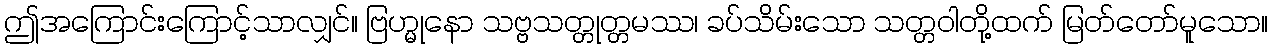
ဤအကြောင်းကြောင့်သာလျှင်။ ဗြဟ္မုနော သဗ္ဗသတ္တုတ္တမဿ၊ ခပ်သိမ်းသော သတ္တဝါတို့ထက် မြတ်တော်မူသော။